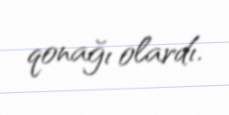
qonağı olardı.